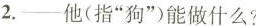
--他(指“狗")笔做什么?